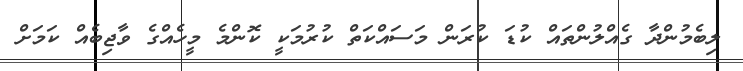
ލިބެމުންދާ ގެއްލުންތައްް ކުޑަ ކުރަން މަސައްކަތް ކުރުމަކީ ކޮންމެ މީހެއްގެ ވާޖިބެއް ކަމަށް